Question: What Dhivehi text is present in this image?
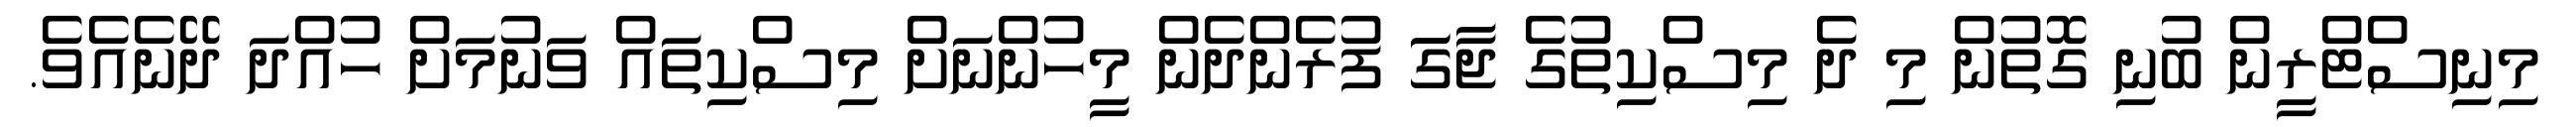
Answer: މިނިސްޓްރީން ބުނި ގޮތުން މި ދެ މިސްކިތުގެ ޖާގަަ ފުރެންދެން މީހުންނަށް މިސްކިތައް ވަނުމަށް ހުއްދަ ދޭނެއެވެ.